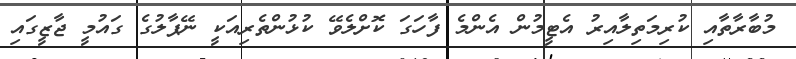
މުބާރާތާއި ކުރިމަތިލާއިރު އެޓީމުން އެންމެ ފާހަގަ ކޮށްލެވޭ ކުޅުންތެރިއަކީ ނޭޕާލުގެ ގައުމީ ޖާޒީގައި